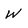
Character: W